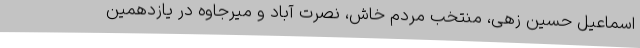
اسماعیل حسین زهی، منتخب مردم خاش، نصرت آباد و میرجاوه در یازدهمین